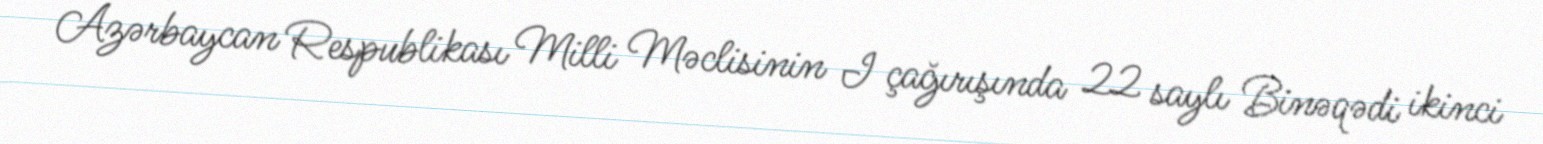
Azərbaycan Respublikası Milli Məclisinin I çağırışında 22 saylı Binəqədi ikinci